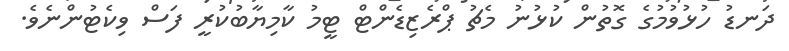
ދަނޑު ހުޅުވުމުގެ ގޮތުން ކުޅުނު މެޗު ޕްރެޒިޑެންޓް ޓީމު ކާމިޔާބުކުރީ ފަސް ވިކެޓުންނެވެ.